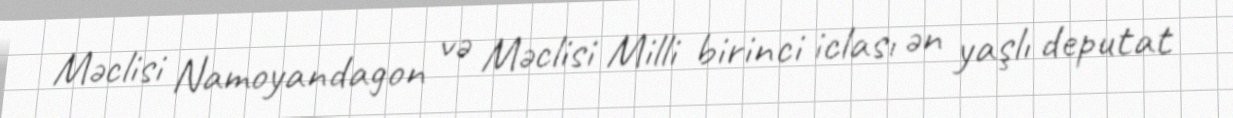
Məclisi Namoyandagon və Məclisi Milli birinci iclası ən yaşlı deputat